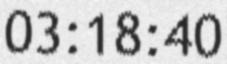
03:18:40